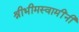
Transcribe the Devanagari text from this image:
श्रीभीमस्वामींनी